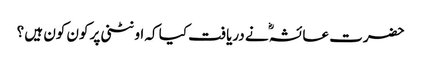
حضرت عائشہؓ نے دریافت کیا کہ اونٹنی پر کون کون ہیں ؟